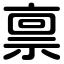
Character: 禀